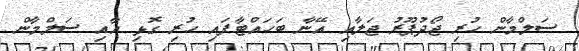
ސަލްމާން ހުރި ޖޯދުޕޫރު ޖަލާއި އޭނާ ބަހައްޓާފައި ހުރި ގޮޅި އާއި ސަލްމާން